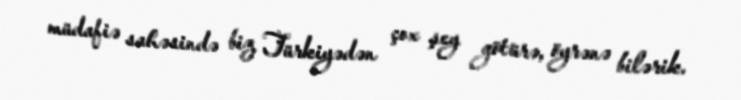
müdafiə sahəsində biz Türkiyədən çox şey götürə, öyrənə bilərik.